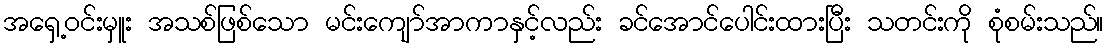
အရှေ့ဝင်းမှူး အသစ်ဖြစ်သော မင်းကျော်အာကာနှင့်လည်း ခင်အောင်ပေါင်းထားပြီး သတင်းကို စုံစမ်းသည်။